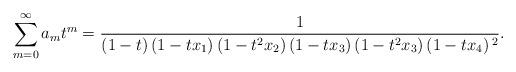
LaTeX: \begin{align*}\sum_{m=0}^{\infty}a_mt^m=\frac{1}{(1-t) \left(1-t x_1\right) \left(1-t^2 x_2\right) \left(1-t x_3\right) \left(1-t^2 x_3\right) \left(1-t x_4\right){}^2}.\end{align*}